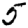
Digit: 5